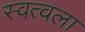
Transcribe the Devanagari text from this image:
स्वत्वला